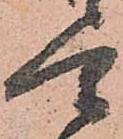
望